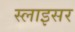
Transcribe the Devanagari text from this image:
स्लाइसर